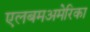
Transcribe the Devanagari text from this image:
एलबमअमेरिका